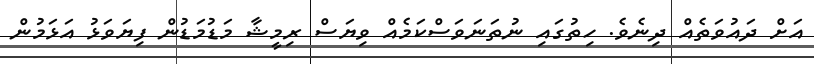
އަށް ދައުވަތެއް ދިނެވެ. ހިތުގައި ނުތަނަވަސްކަމެއް ވިޔަސް ރިމީޝާ މަޑުމަޑުން ފިޔަވަޅު އަޅަމުން